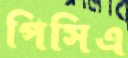
পিসিএ